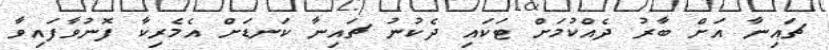
ޗައިނާ އަށް ބާރު ދެއްކުމަށް ޓަކައި ދެކުނު ޗައިނާ ކަނޑަށް އެމެރިކާ ފޮނުވާފައިވާ